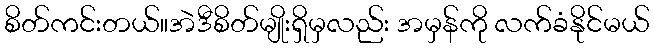
စိတ်ကင်းတယ်။အဲဒီစိတ်မျိုးရှိမှလည်း အမှန်ကို လက်ခံနိုင်မယ်